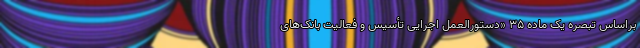
براساس تبصره یک ماده ۳۵ «دستورالعمل اجرایی تأسیس و فعالیت بانک‌های